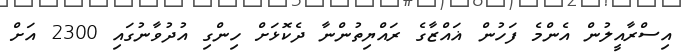
އިސްރާއީލުން އެންމެ ފަހުން ޣައްޒާގެ ރައްޔިތުންނާ ދެކޮޅަށް ހިންގި އުދުވާނުގައި 2300 އަށް